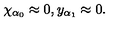
\chi _ { \alpha _ { 0 } } \approx 0 , y _ { \alpha _ { 1 } } \approx 0 .